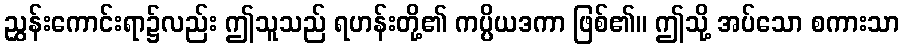
ညွှန်းကောင်းရာ၌လည်း ဤသူသည် ရဟန်းတို့၏ ကပ္ပိယဒကာ ဖြစ်၏။ ဤသို့ အပ်သော စကားသာ